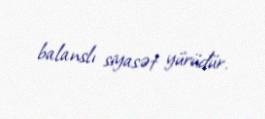
balanslı siyasət yürüdür.